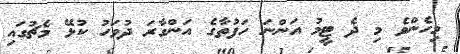
މިހެންވެ މި ދެ ޓީމު އަންނަ ހަފުތާގެ އަންގާރަ ދުވަހު ކުޅޭ މެޗުގައި